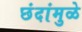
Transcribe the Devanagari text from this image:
छंदांमुळे